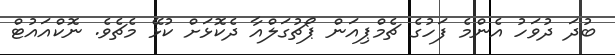
ބުދަ ދުވަހު އެންމެ ފަހުގެ ޗެމްޕިއަން ޕޯޗުގަލްއާ ދެކޮޅަށް ކުޅޭ މެޗެވެ. ނޮކްއައުޓް